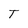
Character: T